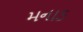
મનાડ